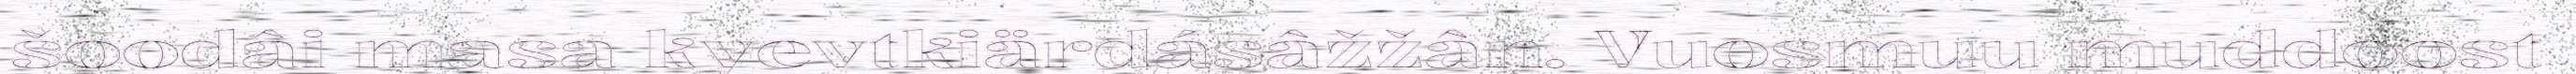
šoodâi masa kyevtkiärdásâžžân. Vuosmuu muddoost